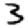
Digit: 3